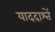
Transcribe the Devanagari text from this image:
याददाश्तें